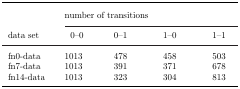
| <ROWSPAN=3> data set | <COLSPAN=4> number of transitions |
 | 0–0 | 0–1 | 1–0 | 1–1 |
 | --- | --- | --- | --- | --- |
 | fn0-data | 1013 | 478 | 458 | 503 |
 | fn7-data | 1013 | 391 | 371 | 678 |
 | fn14-data | 1013 | 323 | 304 | 813 |